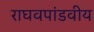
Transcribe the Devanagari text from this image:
राघवपांडवीय